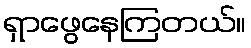
ရှာဖွေနေကြတယ်။